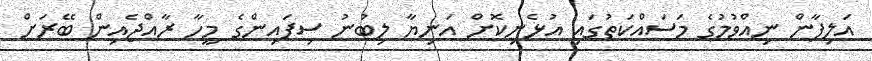
އަލިފާން ނިއްވުމުގެ މަސައްކަތުގައި އުޅެނިކޮށް އަނިޔާ ލިބުނު ސިފައިންގެ މީހާ ރާއްޖެއިން ބޭރަށް